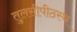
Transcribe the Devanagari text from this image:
तुलसीपीठस्थ